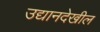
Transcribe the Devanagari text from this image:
उद्यानदेखील